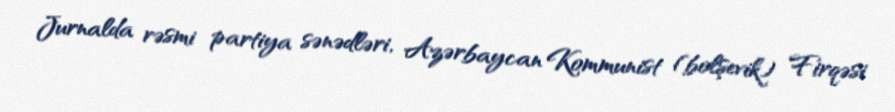
Jurnalda rəsmi partiya sənədləri, Azərbaycan Kommunist (bolşevik) Firqəsi